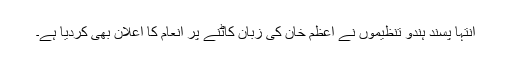
انتہا پسند ہندو تنظیموں نے اعظم خان کی زبان کاٹنے پر انعام کا اعلان بھی کردیا ہے۔